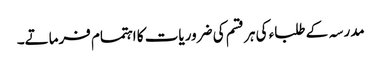
مدرسہ کے طلباء کی ہر قسم کی ضروریات کا اہتمام فرماتے۔